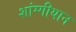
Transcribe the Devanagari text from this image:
शांग्गीयान